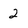
Character: 2